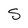
Character: S